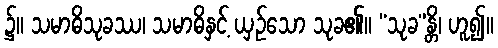
၌။ သမာဓိသုခဿ၊ သမာဓိနှင့် ယှဉ်သော သုခ၏။ “သုခ”န္တိ၊ ဟူ၍။